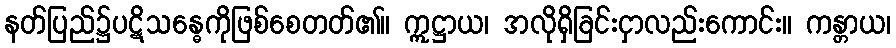
နတ်ပြည်၌ပဋိသန္ဓေကိုဖြစ်စေတတ်၏။ ဣဋ္ဌာယ၊ အလိုရှိခြင်းငှာလည်းကောင်း။ ကန္တာယ၊